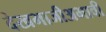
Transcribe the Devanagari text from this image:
देखभाजीअभावी